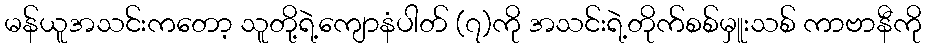
မန်ယူအသင်းကတော့ သူတို့ရဲ့ကျောနံပါတ် (၇)ကို အသင်းရဲ့တိုက်စစ်မှူးသစ် ကာဗာနီကို